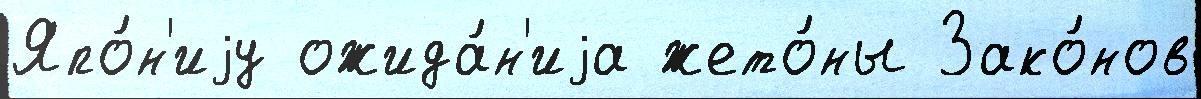
Япо́н'иjу ожида́н'иjа жето́ны Зако́нов